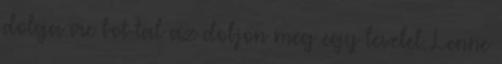
dolga irc bot-tal az dobjon meg egy levelel. Lenne